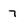
Character: 7